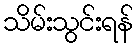
သိမ်းသွင်းရန်